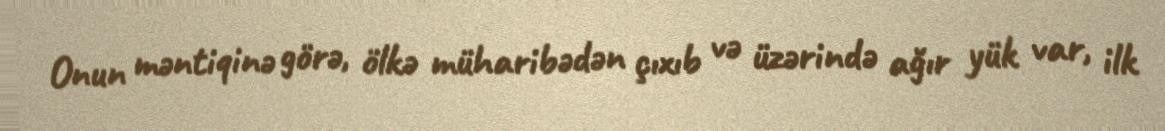
Onun məntiqinə görə, ölkə müharibədən çıxıb və üzərində ağır yük var, ilk